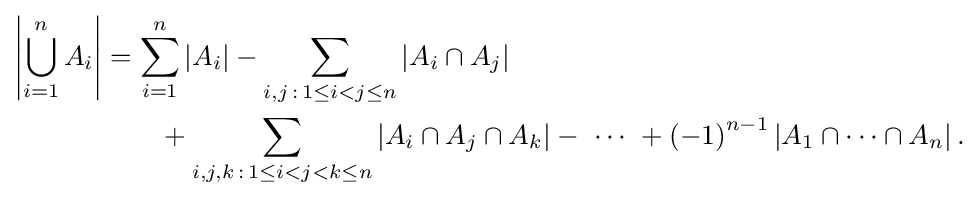
{\begin{aligned}\left|\bigcup _{i=1}^{n}A_{i}\right|&{}=\sum _{i=1}^{n}\left|A_{i}\right|-\sum _{i,j\,:\,1\leq i<j\leq n}\left|A_{i}\cap A_{j}\right|\\&{}\qquad +\sum _{i,j,k\,:\,1\leq i<j<k\leq n}\left|A_{i}\cap A_{j}\cap A_{k}\right|-\ \cdots \ +\left(-1\right)^{n-1}\left|A_{1}\cap \cdots \cap A_{n}\right|.\end{aligned}}